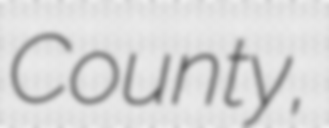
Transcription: County,